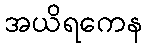
အယိရကေန